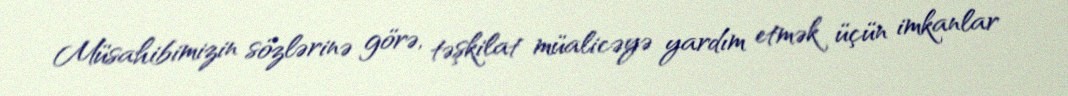
Müsahibimizin sözlərinə görə, təşkilat müalicəyə yardım etmək üçün imkanlar